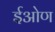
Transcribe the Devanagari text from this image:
ईओण